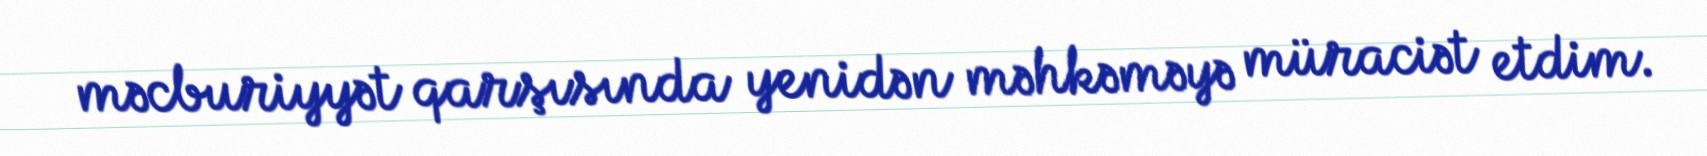
məcburiyyət qarşısında yenidən məhkəməyə müraciət etdim.